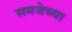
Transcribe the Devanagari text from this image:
समजेच्या